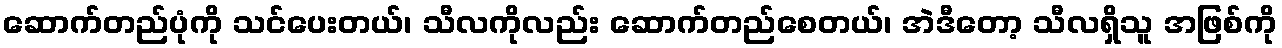
ဆောက်တည်ပုံကို သင်ပေးတယ်၊ သီလကိုလည်း ဆောက်တည်စေတယ်၊ အဲဒီတော့ သီလရှိသူ အဖြစ်ကို